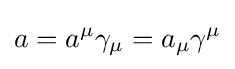
a=a^{\mu }\gamma _{\mu }=a_{\mu }\gamma ^{\mu }